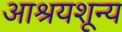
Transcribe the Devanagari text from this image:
आश्रयशून्य